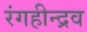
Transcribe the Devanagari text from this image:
रंगहीन्द्रव